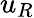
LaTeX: u_{R}